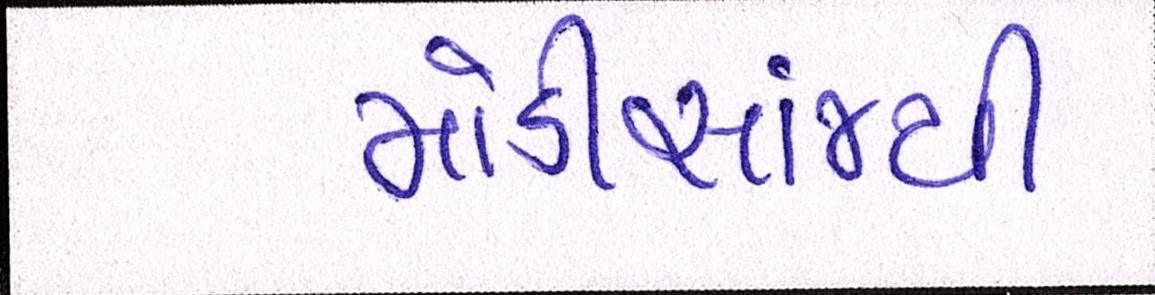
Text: મોડીસાંજથી